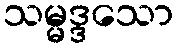
သမ္မဒ္ဒသော